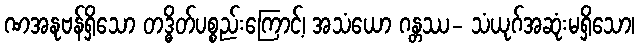
ဏအနုဗန်ရှိသော တဒ္ဓိတ်ပစ္စည်းကြောင့်၊ အသံယော ဂန္တဿ- သံယုဂ်အဆုံးမရှိသော၊